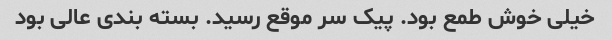
خیلی خوش طمع بود. پیک سر موقع رسید. بسته بندی عالی بود